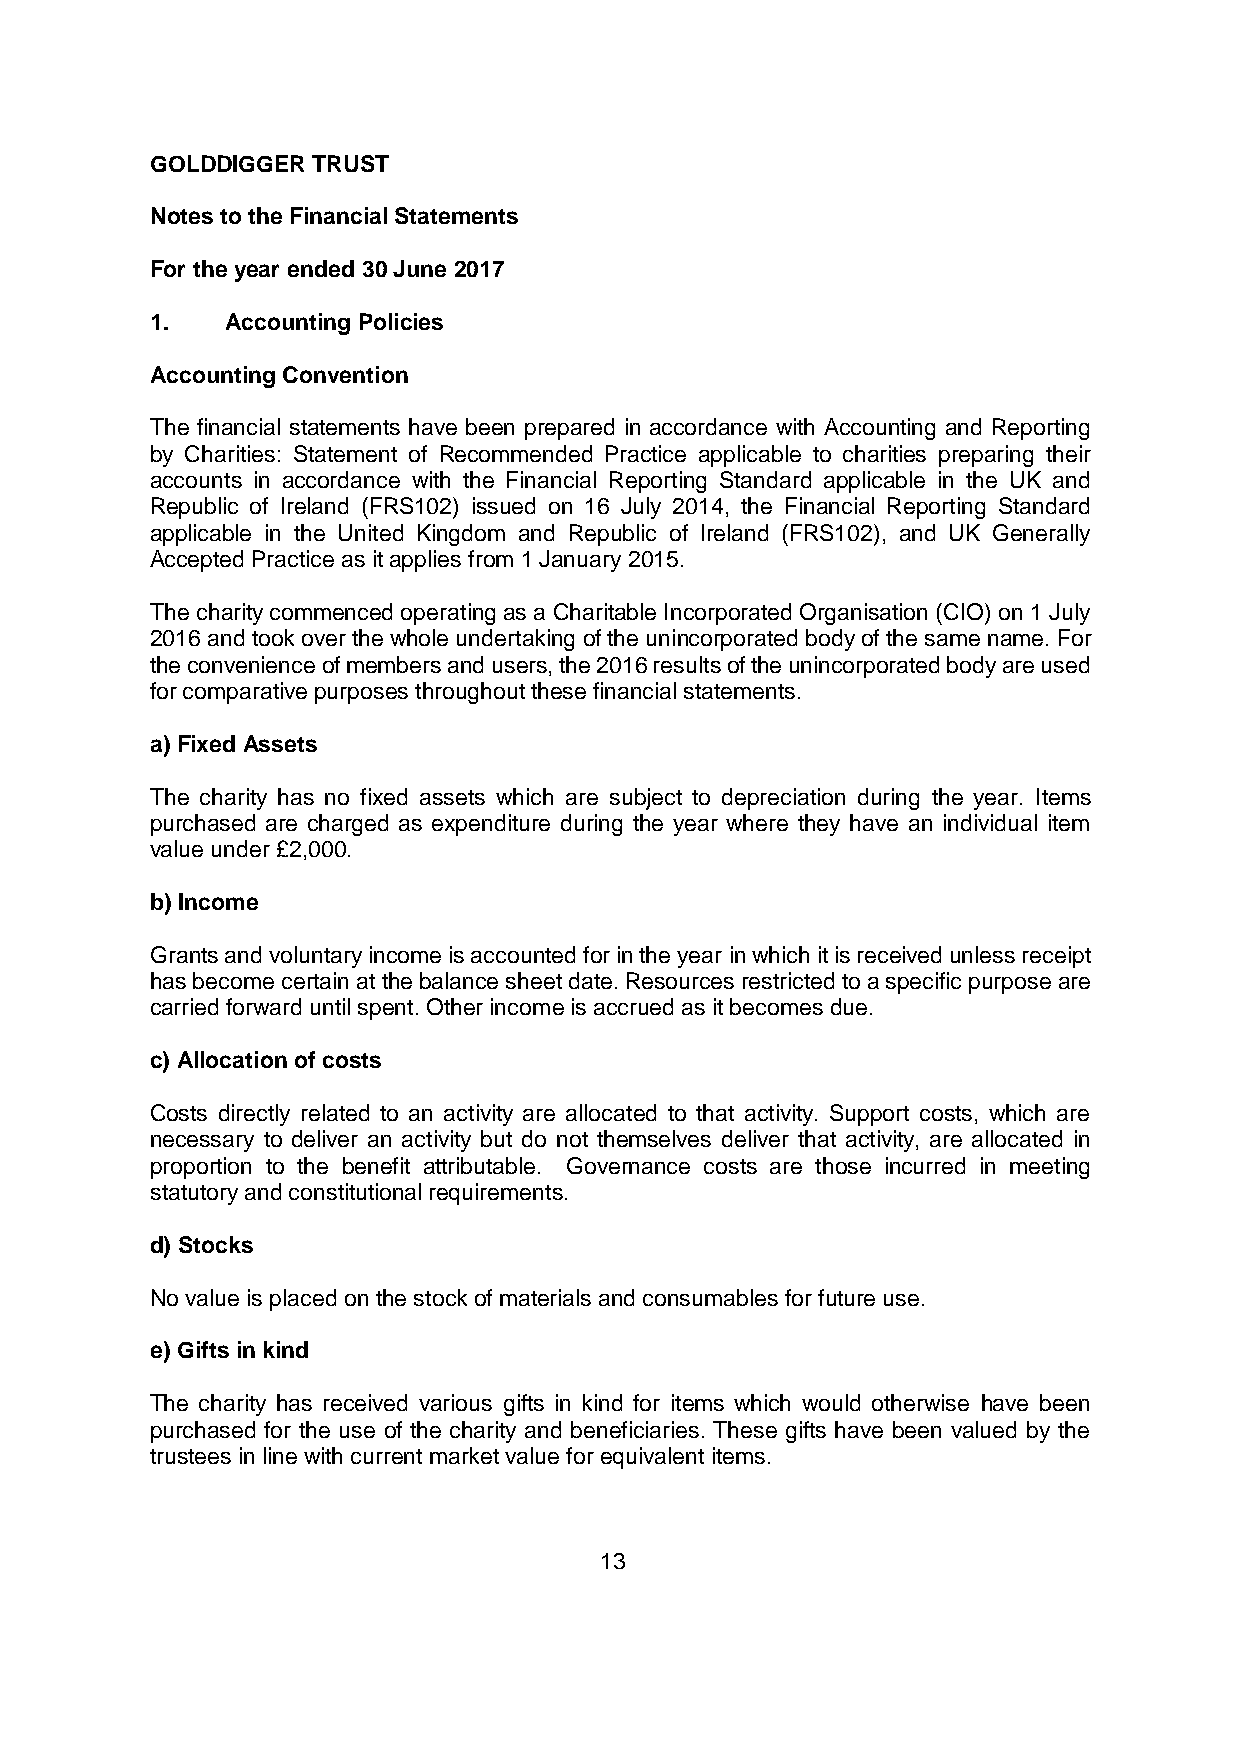
GOLDDIGGER TRUST
 Notes to the Financial Statements
 For the year ended 30 June 2017
 1.   Accounting Policies
 Accounting Convention
 The financial statements have been prepared in accordance with Accounting and Reporting
 by Charities: Statement of Recommended Practice applicable to charities preparing their
 accounts in accordance with the Financial Reporting Standard applicable in the UK and
 Republic of Ireland (FRS102) issued on 16 July 2014, the Financial Reporting Standard
 applicable in the United Kingdom and Republic of Ireland (FRS102), and UK Generally
 Accepted Practice as it applies from 1 January 2015.
 The charity commenced operating as a Charitable Incorporated Organisation (CIO) on 1 July
 2016 and took over the whole undertaking of the unincorporated body of the same name. For
 the convenience of members and users, the 2016 results of the unincorporated body are used
 for comparative purposes throughout these financial statements.
 a) Fixed Assets
 The charity has no fixed assets which are subject to depreciation during the year. Items
 purchased are charged as expenditure during the year where they have an individual item
 value under £2,000.
 b) Income
 Grants and voluntary income is accounted for in the year in which it is received unless receipt
 has become certain at the balance sheet date. Resources restricted to a specific purpose are
 carried forward until spent. Other income is accrued as it becomes due.
 c) Allocation of costs
 Costs directly related to an activity are allocated to that activity. Support costs, which are
 necessary to deliver an activity but do not themselves deliver that activity, are allocated in
 proportion to the benefit attributable. Governance costs are those incurred in meeting
 statutory and constitutional requirements.
 d) Stocks
 No value is placed on the stock of materials and consumables for future use.
 e) Gifts in kind
 The charity has received various gifts in kind for items which would otherwise have been
 purchased for the use of the charity and beneficiaries. These gifts have been valued by the
 trustees in line with current market value for equivalent items.
 13